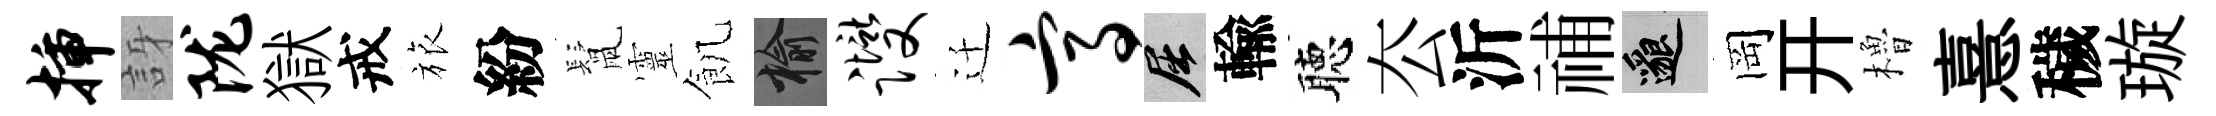
插訝陇獄戒旅紛鬛靈飢榆躞迁高屈輸聴厺沂𥙷邈岡开櫓憙穢璇